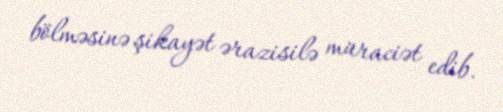
bölməsinə şikayət ərazisilə müraciət edib.